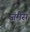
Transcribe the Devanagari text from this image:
जमैस